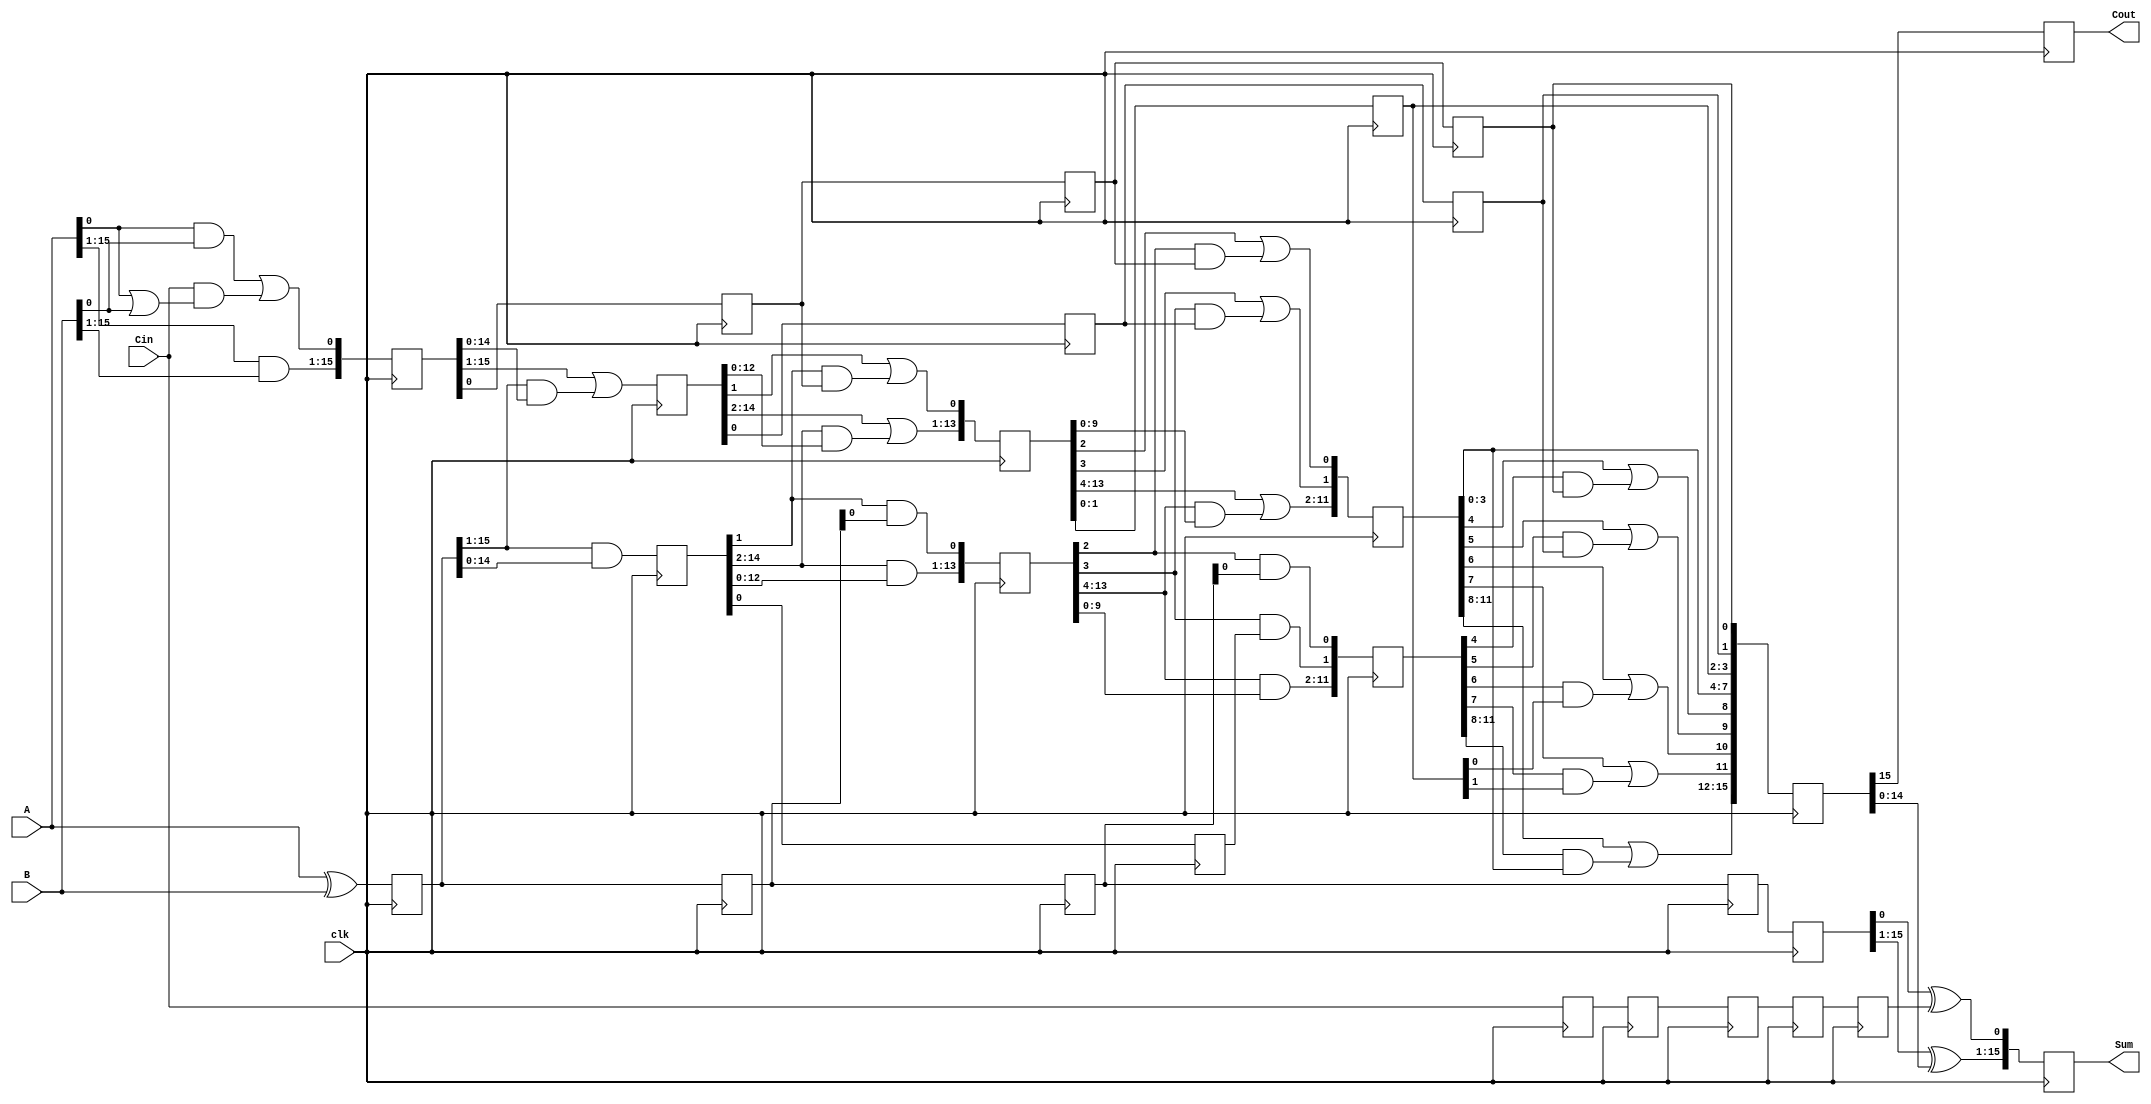
`timescale 1ns / 1ps
//////////////////////////////////////////////////////////////////////////////////
// Company: 
// Engineer: 
// 
// Design Name: 
// Module Name: KSadder
// Project Name: 
// Target Devices: 
// Tool Versions: 
// Description: 
// 
// Dependencies: 
// 
// Revision:
// Revision 0.01 - File Created
// Additional Comments:
// 
//////////////////////////////////////////////////////////////////////////////////

module KSadder(A,B,Cin,clk,Sum,Cout);
input [15:0] A,B;
input clk,Cin;
output reg [15:0] Sum;
output reg Cout;

wire [15:0] G1,P1;
wire [15:1] G2,P2;
wire [15:2] G3,P3;
wire [15:4] G4,P4;
wire [15:8] G5;

reg [15:0] P1_1,P1_2,P1_3,P1_4,P1_5,G1_1;
reg [15:1] P2_2,G2_2;
reg [15:2] G3_3,P3_3;
reg [15:4] G4_4,P4_4;
reg [15:0] G5_5;
reg G1_2,G1_3,G1_4,G2_3,P2_3,P2_4,G2_4;
reg [3:2]G3_4;
reg cin1,cin2,cin3,cin4,cin5;



//==============1st block ========================//
assign G1[0]= (A[0] & B[0]) | (Cin & (A[0]| B[0])),
       G1[15:1]= A[15:1] & B[15:1];
assign P1= A ^ B;
       
always@(posedge clk)
begin
P1_1 <= P1;
G1_1 <= G1;
cin1 <= Cin;
end

//==============2nd block ================//
assign G2[15:1]=G1_1[15:1] | (P1_1[15:1] & G1_1[14:0]);

assign P2[15:1]=P1_1[15:1] & P1_1[14:0];
       
always@(posedge clk)
begin 
P2_2 <= P2;
G2_2 <= G2;
P1_2 <= P1_1;
G1_2 <= G1_1[0];
cin2 <= cin1;
end

//================= 3rd stage ==================//

assign G3[2]=G2_2[2] | (P2_2[2] & G1_2),
	   G3[15:3]=G2_2[15:3] | (P2_2[15:3] & G2_2[13:1]);
	    
assign P3[2]=P2_2[2] & P1_2[0],
       P3[15:3]=P2_2[15:3] & P2_2[13:1];

always@(posedge clk)
begin
G3_3 <= G3;
P3_3 <= P3;
P1_3 <= P1_2;
G1_3 <= G1_2;
P2_3 <= P2_2[1];
G2_3 <= G2_2[1];
cin3 <= cin2;
end
	
//=================== 4th stage ======================//
assign G4[4]=G3_3[4] | (P3_3[4] & G1_3),
       G4[5]=G3_3[5] | (P3_3[5] & G2_3),
	   G4[15:6]=G3_3[15:6] | (P3_3[15:6] & G3_3[11:2]);
	    
assign P4[4]=P3_3[4] & P1_3[0],
       P4[5]=P3_3[5] & P2_3,
       P4[15:6]=P3_3[15:6] & P3_3[11:2];
	  
always@(posedge clk)
begin
P4_4 <= P4;
G4_4 <= G4;

G1_4 <= G1_3;
P1_4 <= P1_3;
P2_4 <= P2_3;
G2_4 <= G2_3;
G3_4 <= G3_3[3:2];
cin4 <= cin3;
end
						  

//================= 5th stage ================//

assign G5[8]=G4_4[8] | (P4_4[8] & G1_4),
	   G5[9]=G4_4[9] | (P4_4[9] & G2_4),
	   G5[10]=G4_4[10] | (P4_4[10] & G3_4[2]),
	   G5[11]=G4_4[11] | (P4_4[11] & G3_4[3]),
	   G5[15:12]=G4_4[15:12] | (P4_4[15:12] & G4_4[7:4]);
	   
	   
always@(posedge clk)
begin
G5_5[15:8] <= G5;
G5_5[7:4] <= G4_4[7:4];
G5_5[3:2] <= G3_4[3:2];



G5_5[1] <= G2_4;
G5_5[0] <= G1_4;

P1_5 <= P1_4;
cin5 <= cin4;
end

// ============ 6th stage ==============//
always@(posedge clk)
begin
Cout <= G5_5[15];
Sum[0] <= P1_5[0]^cin5;
Sum [15:1] <= P1_5[15:1]^G5_5[14:0];
end

endmodule